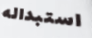
استبداله